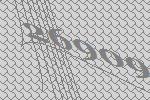
26909